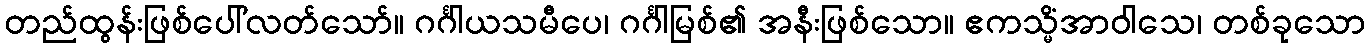
တည်ထွန်းဖြစ်ပေါ်လတ်သော်။ ဂင်္ဂါယသမီပေ၊ ဂင်္ဂါမြစ်၏ အနီးဖြစ်သော။ ဧကသ္မိံအာဝါသေ၊ တစ်ခုသော